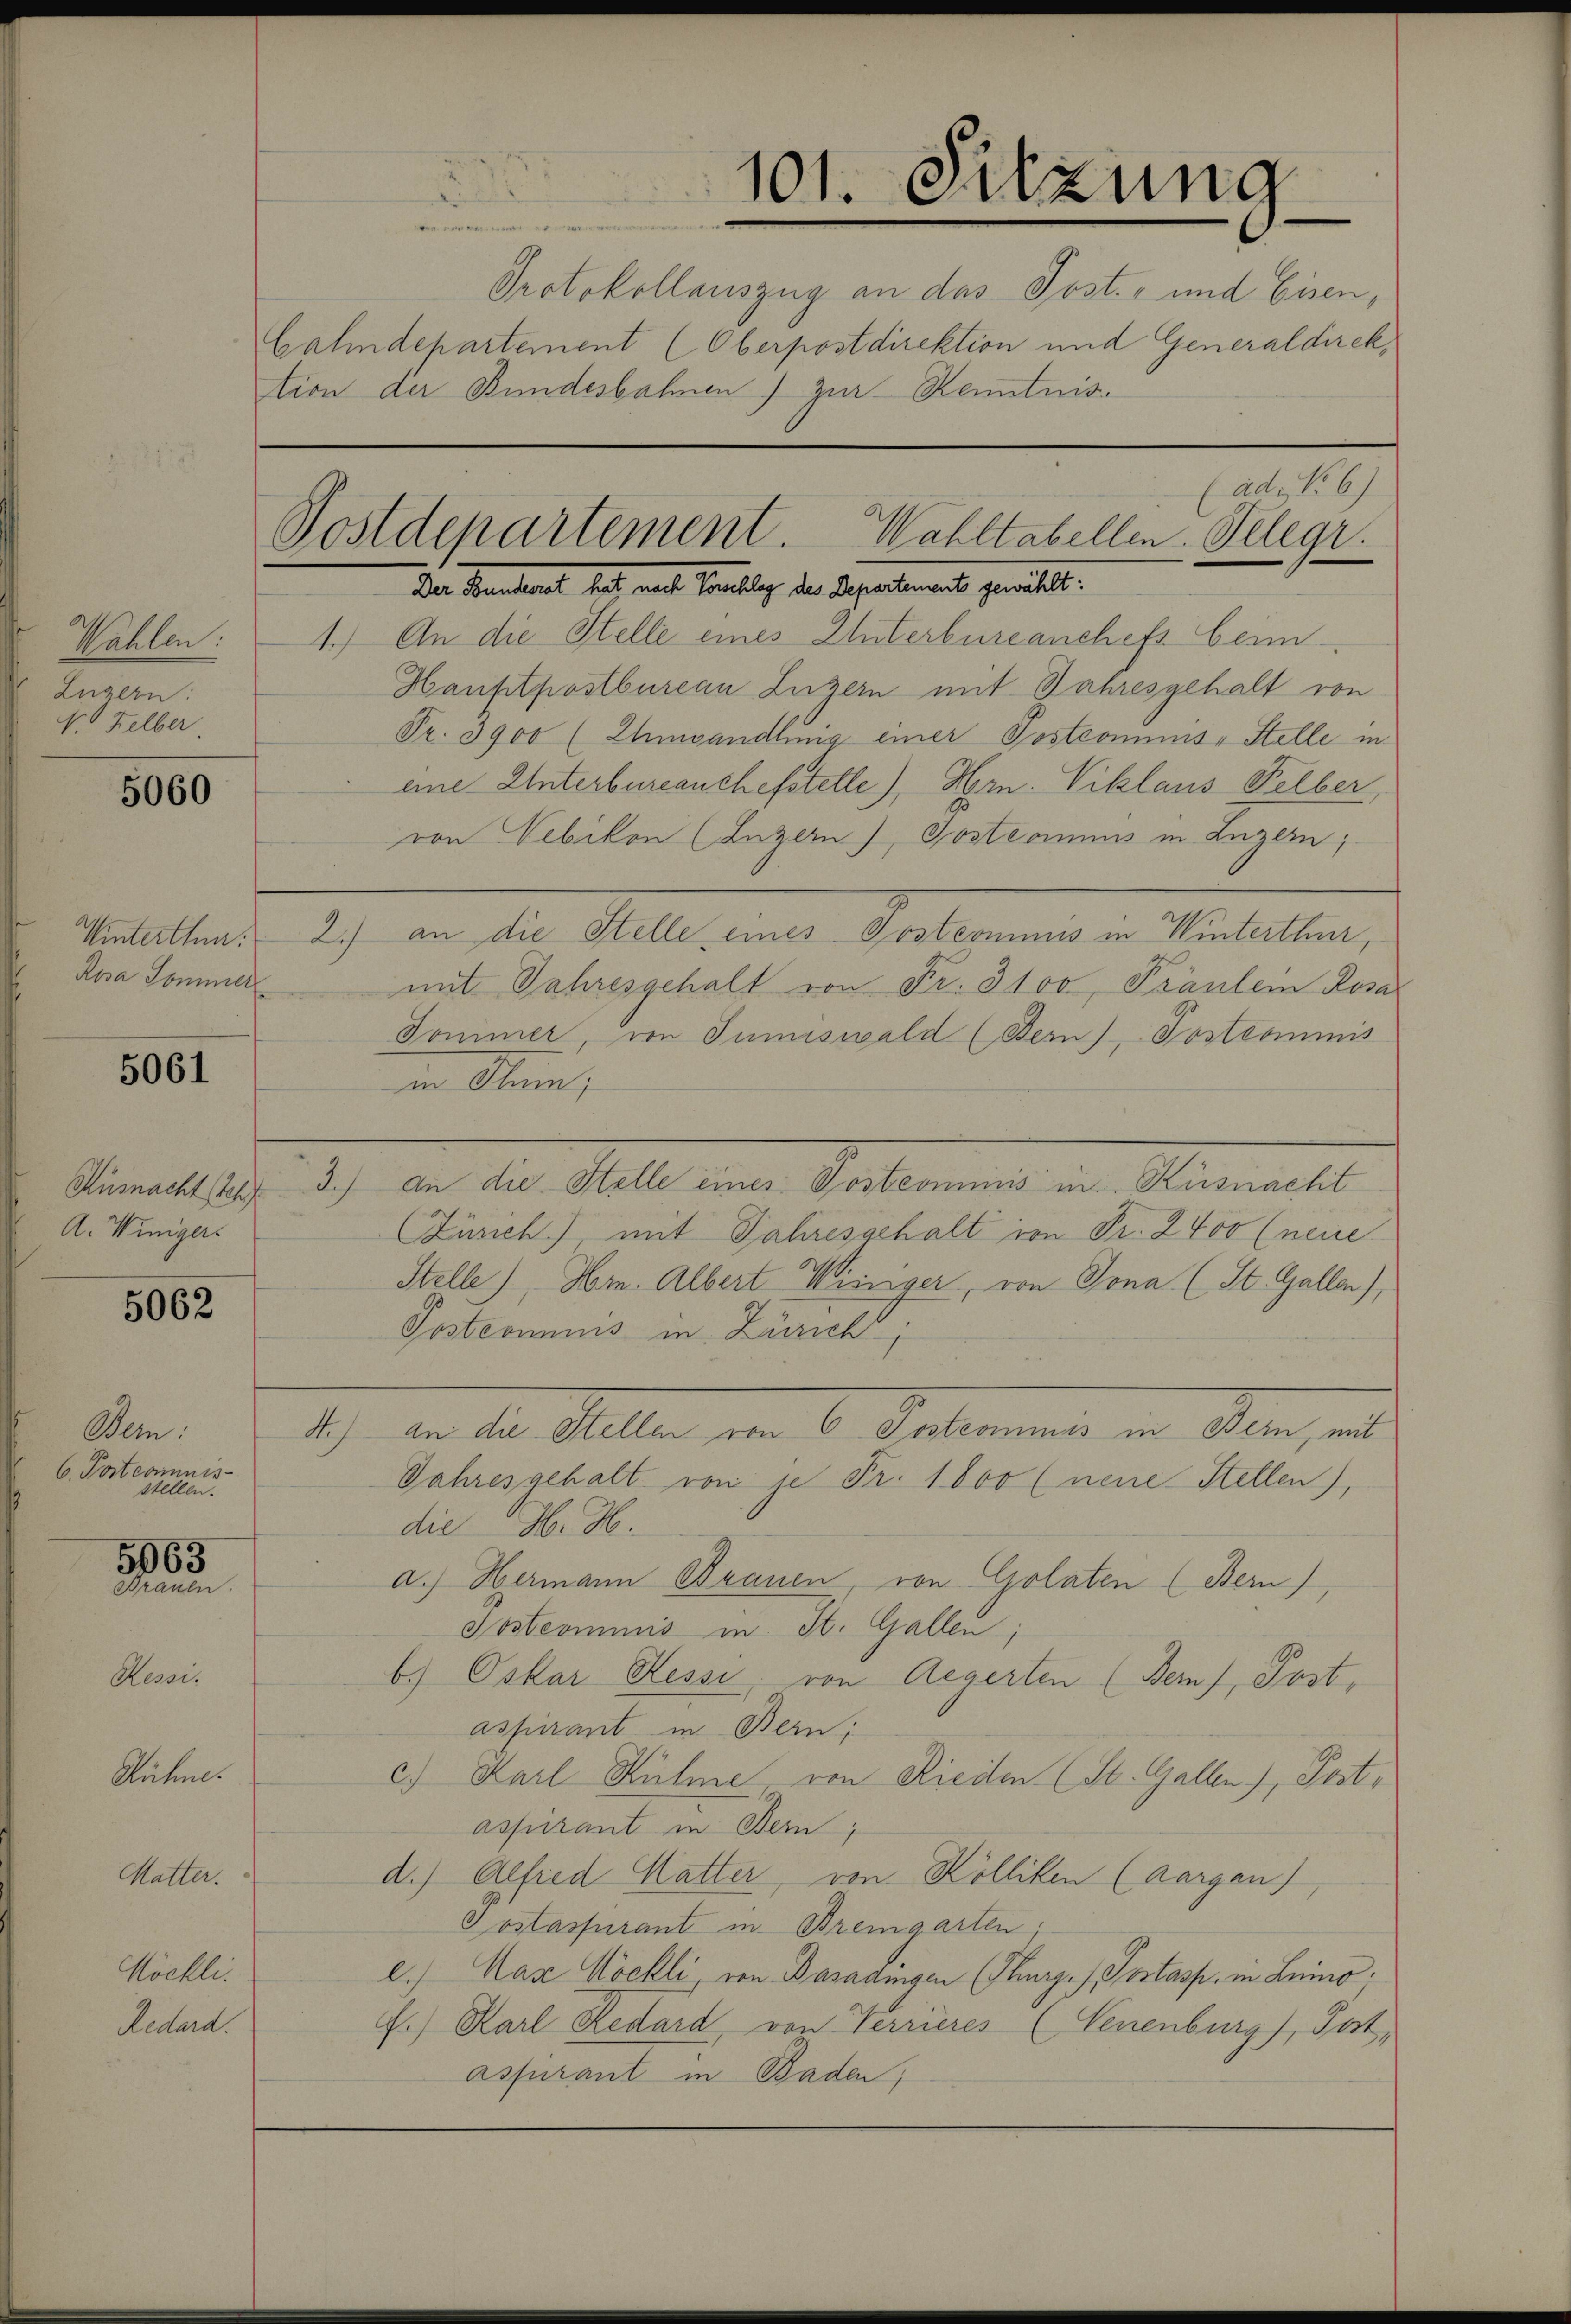
Wahlen:
Luzern:
V. Helber.

5060

5061

Küsnacht Ich
A. Winigers

5062

Wein
6. Postcomnis
stellen.

5063
Frauen

Herr

Auten

Mutter.

Köchli
Redard.

Winterthur:
Rosa Sommer

tion der Bundesbahnen) zur Kenntnis.

101. Sitzung
A
e
Protokollauszug an das Post- und Eisen,
Cahndepartement (Oberpostdirektion und Generaldirek¬
(ad No. 6)
Postdepartement. Wahltabellen. Telegr.
Der Bunderet hat nach Teuchlag der Departement gewählt:

1.) An die Stelle eines Unterbureanchefs beim

Hauftpostbureau Luzern mit Jahresgehalt von
Fr. 3900 (Ehesandlung einer Postconius, Stelle in
eine Unterbureanchefstelle), Hrn. Viklaus Felber
von Vebikon (Luzern) Posteamus in Luzern;
mit Jahresgehalt von Fr. 3100 Fräulen Rosa
Dommer, von Tumiswald (Bern), Postcommis
in Obern,
3.) an die Stelle eines Postcommis in Küsnacht
Zürich) mit Jahresgehalt von Fr. 2400 (neure
Stelle), Hr. Albert Winniger, von Jona (St. Galler),
Postcommis in Zürich,
A.) an die Stelle von 6 Postcommis in Bern, mit
Jahresgehalt von je Fr. 1800 (neue Stellen),
die H. H.
a.) Hermann Brauen, von Golaten (Bern),
Sostcommis in St. Gallen;
b.) Oskar Hessi, von Aegerten (Ber), Post,
aspirant in Bern;
c) Karl Rühme, von Rieden (St. Gallen), Postaspirant in Bern,
d.) Alfred Mutter, von Kölliken (Aargau)
Sostassurant in Bremgarten,
e.) Nase Wöchli, von Basadingen (Thurg. / Postasp. in Leino.
F.) Karl Redard von Terrieres (Neuenburg), Pat
assurant in Baden,

2.) an die Stelle eines Postcominus in Winterthur,